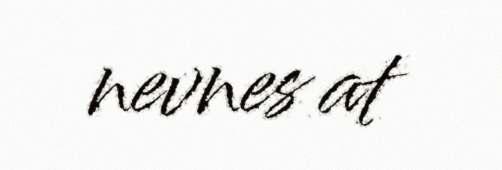
nevnes at